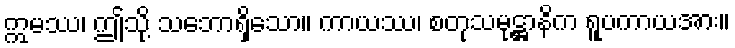
ဣမဿ၊ ဤသို့ သဘောရှိသော။ ကာယဿ၊ စတုသမုဋ္ဌာနိက ရူပကာယအား။